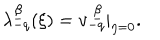
LaTeX: \lambda _ { - q } ^ { \underline { { \beta } } } ( \xi ) = v _ { - q } ^ { ~ \underline { { \beta } } } | _ { \eta = 0 } .